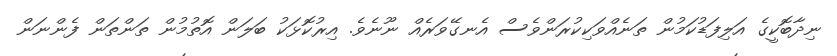
ނިދާބޮކީގެ އަލިފަޑުކަމުން ތަނެއްވަކިކުރަންވެސް އެނގޭވަރެއް ނޫނެވެ. އިރުކޮޅަކު ބަލަން އޮތުމުން ތަންތަން ފެންނަން